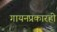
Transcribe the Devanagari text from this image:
गायनप्रकारही